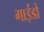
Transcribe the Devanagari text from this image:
गाईडों